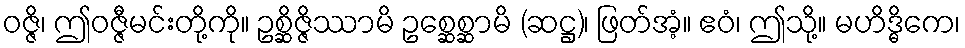
ဝဇ္ဇိ၊ ဤဝဇ္ဇီမင်းတို့ကို။ ဥစ္ဆိဇ္ဇိဿာမိ ဥစ္ဆေစ္ဆာမိ (ဆဋ္ဌ)၊ ဖြတ်အံ့။ ဧဝံ၊ ဤသို့။ မဟိဒ္ဓိကေ၊